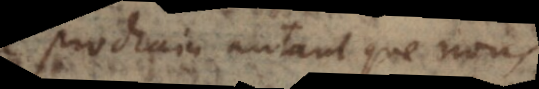
prochain autant que nous: